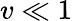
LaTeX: v\ll 1